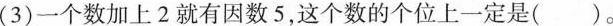
(3)一个数加上2就有因数5，这个数的个位上一定是()。